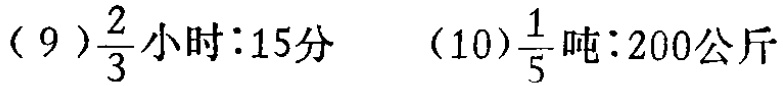
(9)$\frac{2}{3}\text{小时}:15\text{分}$  (10)$\frac{1}{5}\text{吨}:200\text{公斤}$